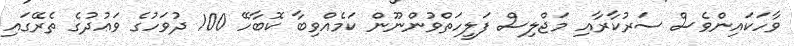
ވާހަކައިންވެސް ސަރުކާރާއި މަޖްލިސް ފަލީހަތްވުންނޫން ކަމެއްވިބާ ކޮބާހޭ 100 ދުވަހުގެ ވަޢުދުގެ ތެރޭގައި